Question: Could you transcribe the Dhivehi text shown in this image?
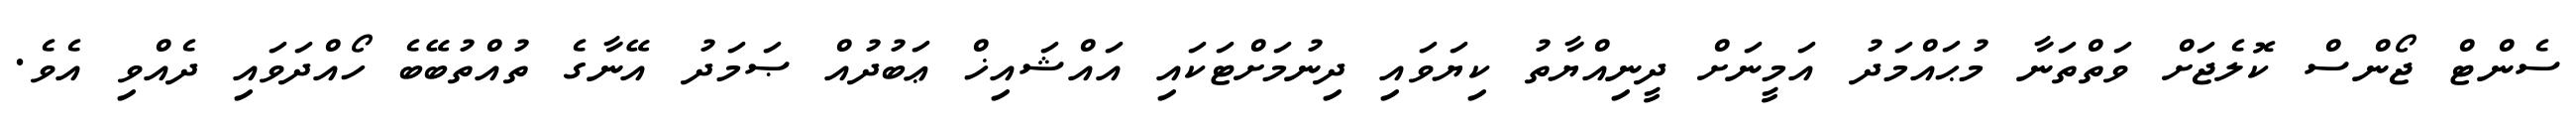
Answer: ސެންޓް ޖޯންސް ކޮލެޖަށް ވަތްތަނާ މުޙައްމަދު އަމީނަށް ދީނިއްޔާތު ކިޔަވައި ދިނުމަށްޓަކައި އައްޝައިޚް ޢަބުދުއް ޞަމަދު އޭނާގެ ތުއްތުބޭބެ ހޯއްދަވައި ދެއްވި އެވެ.